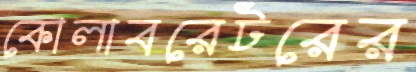
কোলাবরেটরের